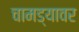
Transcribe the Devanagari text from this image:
चामड्यावर